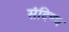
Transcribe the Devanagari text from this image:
संदिण्ध